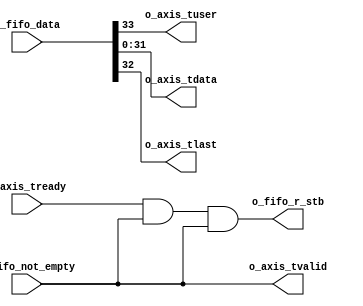
/*
Distributed under the MIT license.
Copyright (c) 2021 Dave McCoy (dave.mccoy@cospandesign.com)

Permission is hereby granted, free of charge, to any person obtaining a copy of
this software and associated documentation files (the "Software"), to deal in
the Software without restriction, including without limitation the rights to
use, copy, modify, merge, publish, distribute, sublicense, and/or sell copies
of the Software, and to permit persons to whom the Software is furnished to do
so, subject to the following conditions:

The above copyright notice and this permission notice shall be included in all
copies or substantial portions of the Software.

THE SOFTWARE IS PROVIDED "AS IS", WITHOUT WARRANTY OF ANY KIND, EXPRESS OR
IMPLIED, INCLUDING BUT NOT LIMITED TO THE WARRANTIES OF MERCHANTABILITY,
FITNESS FOR A PARTICULAR PURPOSE AND NONINFRINGEMENT. IN NO EVENT SHALL THE
AUTHORS OR COPYRIGHT HOLDERS BE LIABLE FOR ANY CLAIM, DAMAGES OR OTHER
LIABILITY, WHETHER IN AN ACTION OF CONTRACT, TORT OR OTHERWISE, ARISING FROM,
OUT OF OR IN CONNECTION WITH THE SOFTWARE OR THE USE OR OTHER DEALINGS IN THE
SOFTWARE.
*/

/*
 * Author:
 * Description:
 *
 * Changes:     Who?    What?
 *  XX/XX/XXXX  XXX     XXXX
 */

`timescale 1ps / 1ps
`default_nettype none

module fifo_2_axis_adapter #(
  parameter AXIS_DATA_WIDTH     = 32,
  parameter FIFO_DATA_WIDTH     = AXIS_DATA_WIDTH + 1 + 1 //Space for data, user, last
)(
  input  wire     [FIFO_DATA_WIDTH - 1: 0]  i_fifo_data,
  output wire                               o_fifo_r_stb,
  input  wire                               i_fifo_not_empty,

  output wire                               o_axis_tuser,
  output wire     [AXIS_DATA_WIDTH - 1: 0]  o_axis_tdata,
  output wire                               o_axis_tvalid,
  input  wire                               i_axis_tready,
  output wire                               o_axis_tlast
);
//local parameters
//Registers/Wires
//Submodules
//Asynchronous Logic
assign o_axis_tuser   = i_fifo_data[(FIFO_DATA_WIDTH - 1)];
assign o_axis_tlast   = i_fifo_data[(FIFO_DATA_WIDTH - 2)];
assign o_axis_tdata   = i_fifo_data[(FIFO_DATA_WIDTH - 3) : 0];
assign o_axis_tvalid  = i_fifo_not_empty;
assign o_fifo_r_stb   = i_axis_tready & o_axis_tvalid & i_fifo_not_empty;
//Synchronous Logic

endmodule